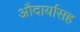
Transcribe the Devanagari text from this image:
औदार्यासह